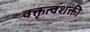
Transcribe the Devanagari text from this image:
वक्तृत्वशक्ती